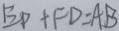
B P + F D = A B